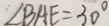
\angle B A E = 3 0 ^ { \circ }